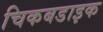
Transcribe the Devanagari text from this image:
चिकबडाइक